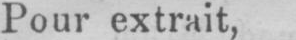
Pour extrait,